Scientific memoirs by medical officers of the Army of India - Part VII,
Year: 1892
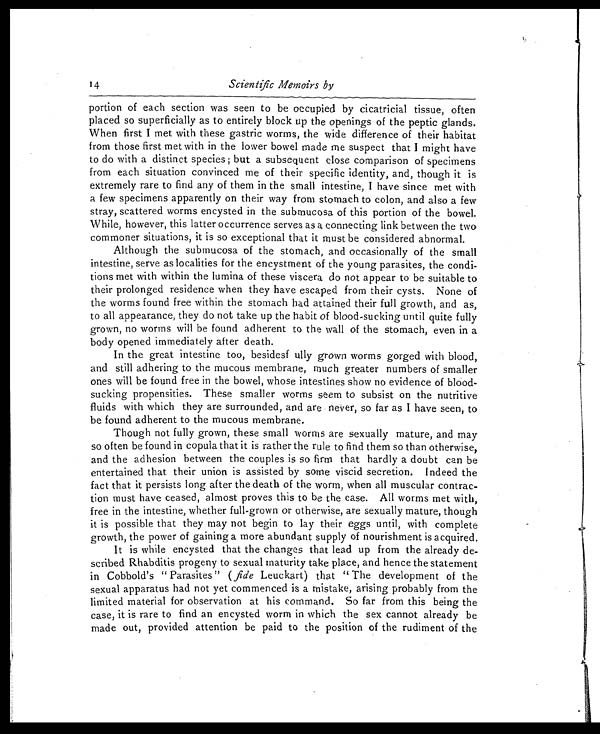
Scientific Memoirs by
portion of each section was seen to be occupied by cicatricial tissue, often
placed so superficially as to entirely block up the openings of the peptic glands.
When first I met with these gastric worms, the wide difference of their habitat
from those first met with in the lower bowel made me suspect that I might have
to do with a distinct species ; but a subsequent close comparison of specimens
from each situation convinced me of their specific identity, and, though it is
extremely rare to find any of them in the small intestine, I have since met with
a few specimens apparently on their way from stomach to colon, and also a few
stray, scattered worms encysted in the submucosa of this portion of the bowel.
While, however, this latter occurrence serves as a connecting link between the two
commoner situations, it is so exceptional that it must be considered abnormal.
Although the submucosa of the stomach, and occasionally of the small
intestine, serve as localities for the encystment of the young parasites, the condi-
tions met with within the lumina of these viscera do not appear to be suitable to
their prolonged residence when they have escaped from their cysts. None of
the worms found free within the stomach had attained their full growth, and as,
to all appearance, they do not take up the habit of blood-sucking until quite fully
grown, no worms will be found adherent to the wall of the stomach, even in a
body opened immediately after death.
In the great intestine too, besidesf ully grown worms gorged with blood,
and still adhering to the mucous membrane, much greater numbers of smaller
ones will be found free in the bowel, whose intestines show no evidence of blood-
sucking propensities. These smaller worms seem to subsist on the nutritive
fluids with which they are surrounded, and are never, so far as I have seen, to
be found adherent to the mucous membrane.
Though not fully grown, these small worms are sexually mature, and may
so often be found in copula that it is rather the rule to find them so than otherwise,
and the adhesion between the couples is so firm that hardly a doubt can be
entertained that their union is assisted by some viscid secretion. Indeed the
fact that it persists long after the death of the worm, when all muscular contrac-
tion must have ceased, almost proves this to be the case. All worms met with,
free in the intestine, whether full-grown or otherwise, are sexually mature, though
it is possible that they may not begin to lay their eggs until, with complete
growth, the power of gaining a more abundant supply of nourishment is acquired.
It is while encysted that the changes that lead up from the already de-
scribed Rhabditis progeny to sexual maturity take place, and hence the statement
in Cobbold's " Parasites" ( fide Leuckart ) that " The development of the
sexual apparatus had not yet commenced is a mistake, arising probably from the
limited material for observation at his command. So far from this being the
case, it is rare to find an encysted worm in which the sex cannot already be
made out, provided attention be paid to the position of the rudiment of the